Vaccination North-Western Provinces 1866-1877 - 1866-1877
Year: 1866
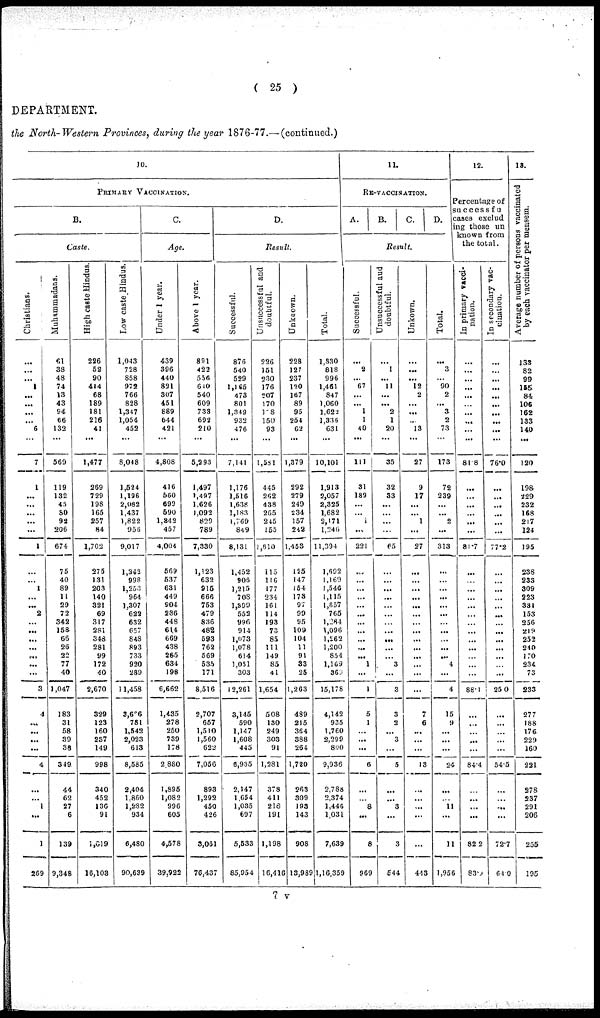
( 25 )
DEPARTMENT.
the North-Western Provinces, during the year 1876-77.— (continued.)
10.
PRIMARY VACCINATION.
B.
Caste.
Christians.
...
...
...
1
...
...
...
...
6
...
7
1
...
...
...
...
...
1
...
...
1
...
...
2
...
...
...
...
...
...
...
3
4
...
...
...
...
4
...
...
1
...
1
269
Muhammadans.
6l
38
48
74
13
43
94
66
132
...
569
119
132
45
30
92
206
674
75
40
89
11
29
72
342
158
66
26
22
77
40
1,047
183
31
58
39
38
349
44
62
27
6
139
9,348
High caste Hindus.
226
52
90
414
68
189
181
216
41
...
1,477
269
729
198
165
257
84
1,702
275
131
203
140
321
69
317
281
34S
281
99
172
40
2,670
329
123
160
237
149
998
340
452
136
91
1,619
16,103
Low caste Hindus.
1,043
728
858
972
766
828
1,347
1,054
452
...
8,048
1,524
1,196
2,082
1,437
1,822
956
9,017
1,342
998
1,253
964
1,307
622
632
657
848
893
733
920
289
11,458
3,626
781
1,542
2,023
613
8,585
2,404
1.860
1,282
934
6,480
90,639
C.
Age.
Under 1 year.
439
396
440
821
307
451
889
644
421
...
4,808
416
560
699
690
1,842
457
4,004
569
537
631
449
904
286
448
614
669
438
285
634
198
6,662
1,435
278
250
739
178
2,880
1,895
1,082
996
605
4,578
39,922
Above 1 year.
891
422
556
640
540
609
733
692
210
...
5,293
1,497
1,497
1,626
1,092
829
789
7,330
1,123
632
915
666
753
479
836
482
593
762
569
535
171
8,516
2,707
657
1,510
1,560
622
7,056
893
1,292
450
426
3,051
76,437
D.
Result.
Successful.
876
540
529
1,165
473
801
1,349
932
476
...
7,141
1,176
1,516
1,638
1,183
1,769
849
8,131
1,452
906
1,215
708
1,399
553
996
914
1,073
1,078
614
1,051
303
12,261
3,145
590
1,147
1,608
445
6,935
2,147
1,654
1,035
697
5,533
85,954
Unsuccessful and
doubtful.
226
151
230
176
207
170
128
150
93
...
1,581
445
262
438
265
245
255
1,810
115
116
177
234
161
114
193
73
85
111
149
85
41
1,654
508
130
249
303
91
1,281
378
411
218
191
1,198
16,416
Unknown.
228
127
237
120
167
89
95
254
62
...
1,379
292
279
249
234
157
242
1,453
125
147
154
173
97
99
95
109
104
11
91
33
25
1,263
489
215
364
388
264
1,720
263
309
193
143
908
13,989
Total.
1,330
818
996
1,461
847
1,060
1,622
1,336
631
...
10,101
1,913
2,057
2,325
1,682
2,171
1,246
11,394
1,692
1,169
1,546
1,115
1,657
765
1,284
1,096
1,262
1,200
854
1,169
360
15,178
4,142
935
1,760
2,299
800
9,936
2,788
2,374
1,446
1,031
7,639
1,16,359
11.
RE-VACCINATION.
A.
B.
C.
D.
Result.
Successful.
...
2
...
67
...
...
1
1
40
...
111
31
189
...
...
1
...
221
...
...
...
...
...
...
...
...
...
...
...
1
...
1
5
1
...
...
...
6
...
...
8
...
8
969
Unsuccessful and
doubtful.
...
1
...
11
...
...
2
1
20
...
35
32
33
...
...
...
...
65
...
...
...
...
...
...
...
...
...
...
...
3
...
3
3
2
...
3
...
5
...
...
3
...
3
544
Unkown.
...
...
...
12
2
...
...
...
13
...
27
9
17
...
...
1
...
27
...
...
...
...
...
...
...
...
...
...
...
...
...
...
7
6
...
...
...
13
...
...
...
...
...
443
Total.
...
3
...
90
2
...
3
2
73
...
173
72
239
...
...
2
...
313
...
...
...
...
...
...
...
...
...
...
...
4
...
4
15
9
...
...
...
24
...
...
11
...
11
1,956
12.
Percentage of
successful
cases exclud
ing those un
known from
the total.
In primary vacci-
nation.
...
...
...
...
...
...
...
...
...
...
81.8
...
...
...
...
...
...
81.7
...
...
...
...
...
...
...
...
...
...
...
...
...
88.1
...
...
...
...
...
84.4
...
...
...
...
82.2
83.9
In secondary vac-
cination.
...
...
...
...
...
...
...
...
...
...
76.0
...
...
...
...
...
...
77.2
...
...
...
...
...
...
...
...
...
...
...
...
...
25.0
...
...
...
...
...
54.5
...
...
...
...
72.7
64.0
13.
Average number of persons vaccinated
by each vaccinator per mensem.
133
82
99
155
84
106
162
133
140
...
120
198
229
232
168
217
124
195
238
233
309
223
331
153
256
219
252
240
170
234
73
233
277
188
176
229
160
221
278
237
291
206
255
195
7V